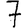
Digit: 7